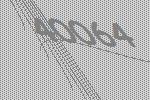
40064